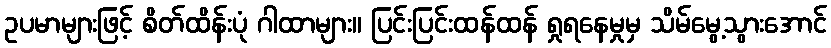
ဥပမာများဖြင့် စိတ်ထိန်းပုံ ဂါထာများ။ ပြင်းပြင်းထန်ထန် ရှုရနေမှုမှ သိမ်မွေ့သွားအောင်